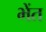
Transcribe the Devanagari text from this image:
भेंत